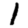
Digit: 1